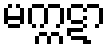
မက္ကဋာ